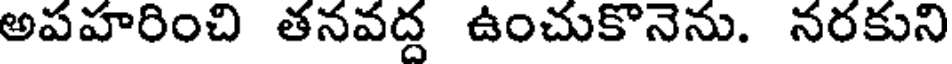
అపహరించి తనవద్ద ఉంచుకొనెను. నరకుని